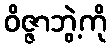
ဝိဇ္ဇာဘွဲ့ကို